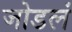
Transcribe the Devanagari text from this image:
जोडलं